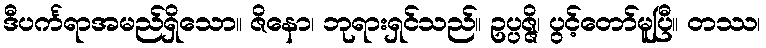
ဒီပင်္ကရာအမည်ရှိသော။ ဇိနော၊ ဘုရားရှင်သည်။ ဥပ္ပဇ္ဇိ၊ ပွင့်တော်မူပြီ။ တဿ၊